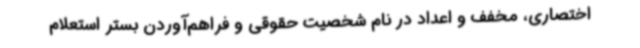
اختصاری، مخفف و اعداد در نام شخصیت حقوقی و فراهم‌آوردن بستر استعلام